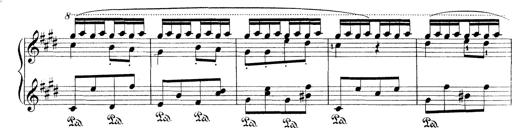
Title: Le rossignol
Composer: Franz Liszt